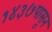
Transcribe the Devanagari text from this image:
१४३७पासून